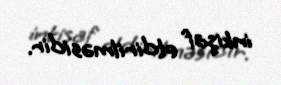
inkişaf etdirilməsidir.